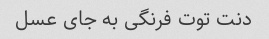
دنت توت فرنگی به جای عسل